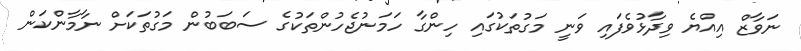
ނަވާޒް އިއްޔެ ވިދާޅުވެފައި ވަނީ މަގުތަކުގައި ހިންގާ ހަމަނުޖެހުންތަކުގެ ސަބަބުން މަގުތަކަށް ނާމާންކަން